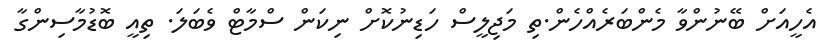
އެހީއަށް ބޭނުންވާ މެންބަރެއްހެން.ތި މަޖިލީސް ހަޑިނުކޮށް ނިކަން ސްމާޓް ވެބަލަ. ތިއީ ބޮޑުމާސިންގާ